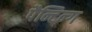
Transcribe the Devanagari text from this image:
पैन्टिन्ग